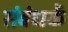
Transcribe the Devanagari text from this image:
संबंधकें